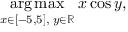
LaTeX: { \underset { x \in [ - 5 , 5 ] , \; y \in \mathbb { R } } { \operatorname { a r g \, m a x } } } \; x \cos y ,